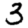
Digit: 3